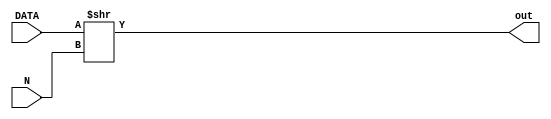
module Div2N(
	input wire [31:0] DATA,
	input wire [5:0] N,
	output wire [31:0] out);

	assign out = DATA >> N;
	
endmodule